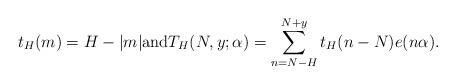
LaTeX: \begin{align*}t_H(m)=H-\vert m \vert \textrm{and}T_H(N,y;\alpha) =\sum_{n=N-H}^{N+y} t_H(n-N) e(n\alpha).\end{align*}